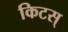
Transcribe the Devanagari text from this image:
किटस्